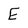
Character: E